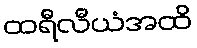
ထရီလီယံအထိ